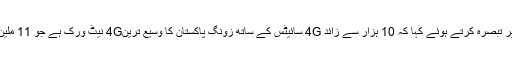
زونگ 4G کے ترجمان منان شبیر نے اس شراکت داری پر تبصرہ کرتے ہوئے کہا کہ 10 ہزار سے زائد 4G سائیٹس کے ساتھ زونگ پاکستان کا وسیع ترین4G نیٹ ورک ہے جو 11 ملین سے زائد 4G سبسکرائبرز کو آسان رابطہ فراہم کرتا ہے۔